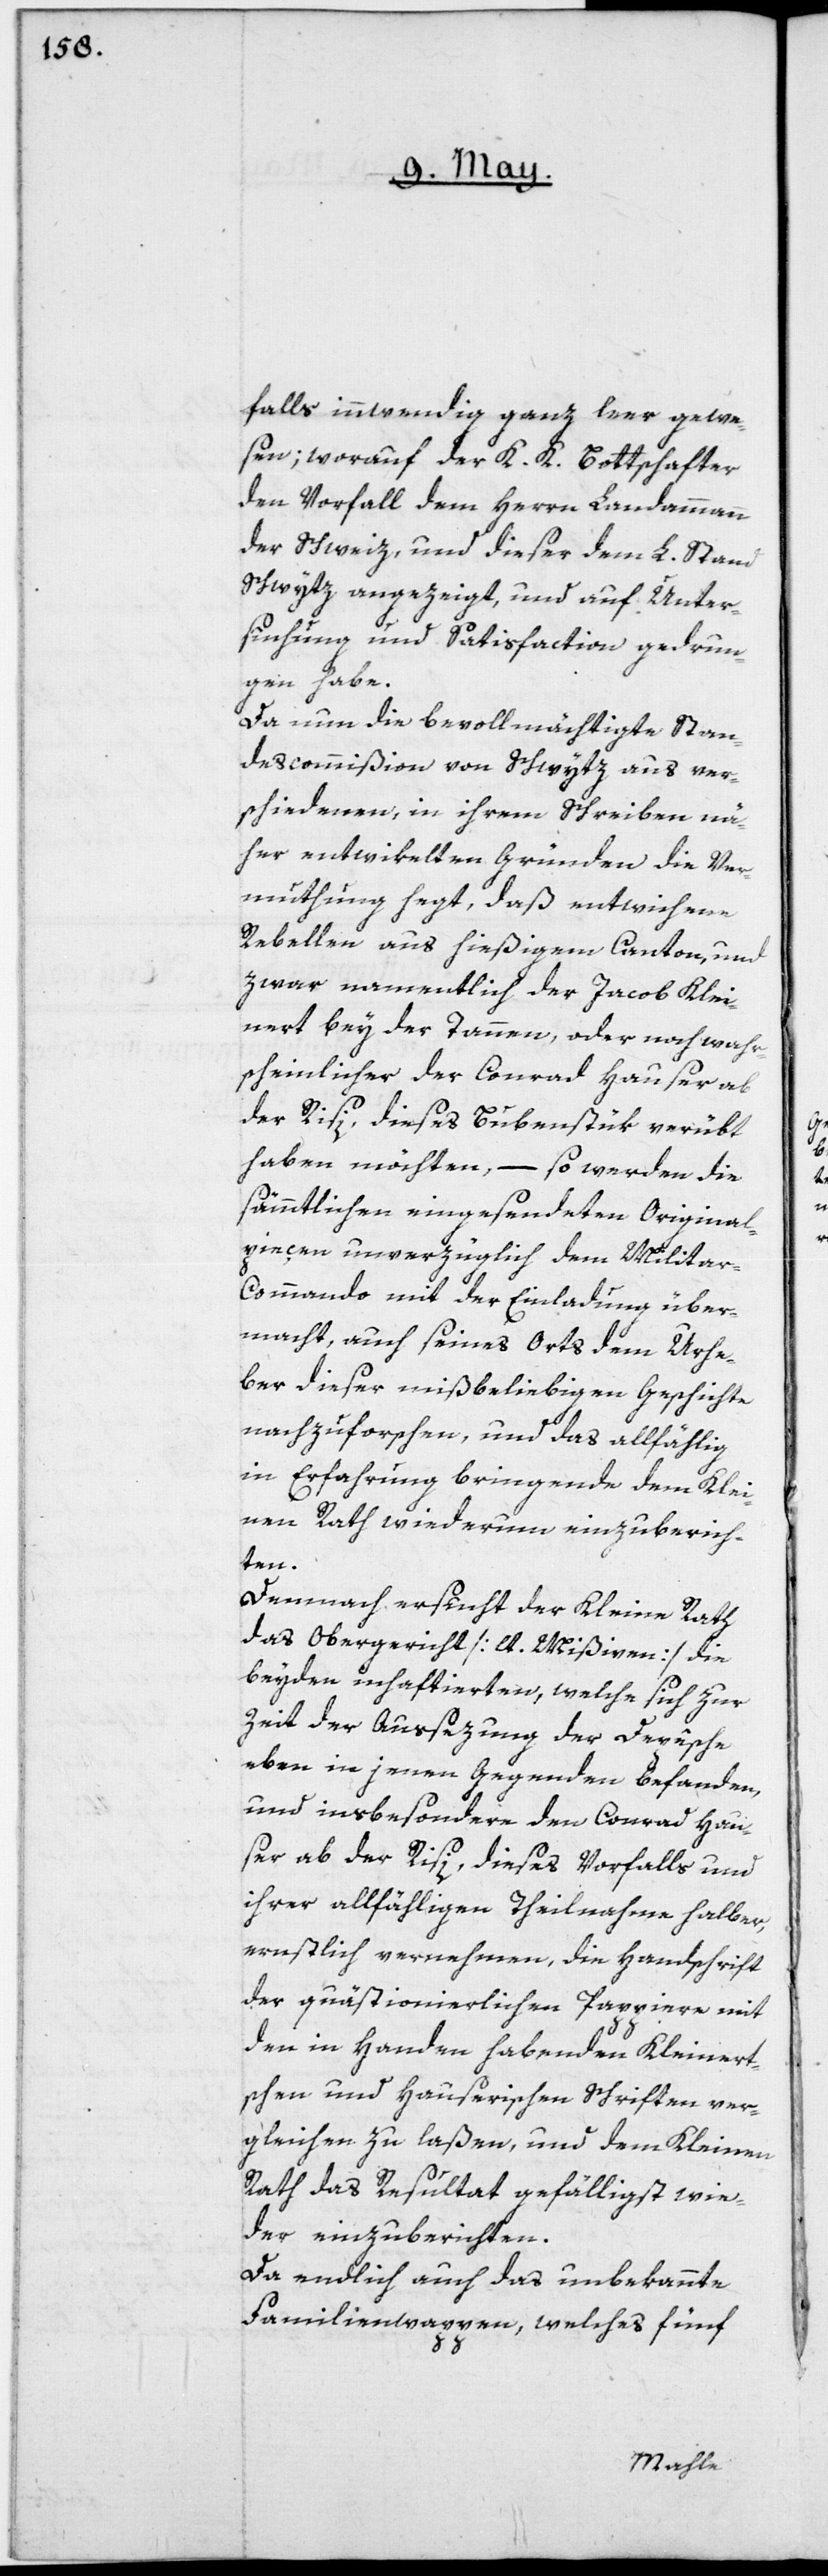
falls innwendig ganz leer gewe¬
sen; worauf der K. K. Bottschafter
den Vorfalll dem Herrn Landammann
der Schweiz, und dieser dem L. Stand
Schwytz angezeigt, und auf Unter¬
suchung und Satisfaction gedrun¬
gen habe.
Da nun die bevollmächtigte Stan¬
descommißion von Schwytz aus ver¬
schiedenen, in ihrem Schreiben nä¬
her entwikelten Gründen die Ver¬
muthung hegt, daß entwichene
Rebellen aus hießigem Canton, und
zwar namentlich der Jacob Klei¬
nert bey der Tannen, oder noch wahr¬
scheinlicher der Conrad Hauser ab
der Risi, dieses Bubenstük verübt
haben möchten, – so werden die
sämmtlichen eingesendeten Original¬
pieçen unverzüglich dem Milita¬
r-Commando mit der Einladung über¬
macht, auch seines Orts dem Urhe¬
ber dieser mißbeliebigen Geschichte
nachzuforschen, und das allfählig
in Erfahrung bringende dem Klei¬
nen Rath wiederum einzuberich¬
ten.
Demnach ersucht der Kleine Rath
das Obergericht [lt. Mißiven] die
beyden inhaftierten, welche sich zur
Zeit der Außezung der Depêche
eben in jenen Gegenden befanden,
und insbesondere den Conrad Hau¬
ser ab der Risi, dieses Vorfalls und
ihrer allfähligen Theilnahme halber,
ernstlich vernehmen, die Handschrift
der quästionierlichen Pappiere mit
den in Handen habenden Kleinert¬
schen und Hauserischen Schriften ver¬
gleichen zu laßen, und dem Kleinen
Rath das Resultat gefälligst wie¬
der einzuberichten.
Da endlich auch das unbekannte
Familienwappen, welches fünf